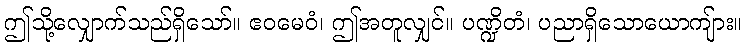
ဤသို့လျှောက်သည်ရှိသော်။ ဧဝမေဝံ၊ ဤအတူလျှင်။ ပဏ္ဍိတံ၊ ပညာရှိသောယောကျ်ား။